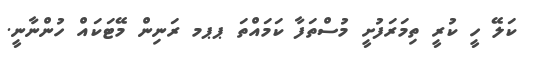
ކަލޭ ހީ ކުރީ ތިމަރަފުށީ މުސްތަފާ ކަމައްތަ ޕޕމ ރަނިން މޭޓަކައް ހުންނާނީ.